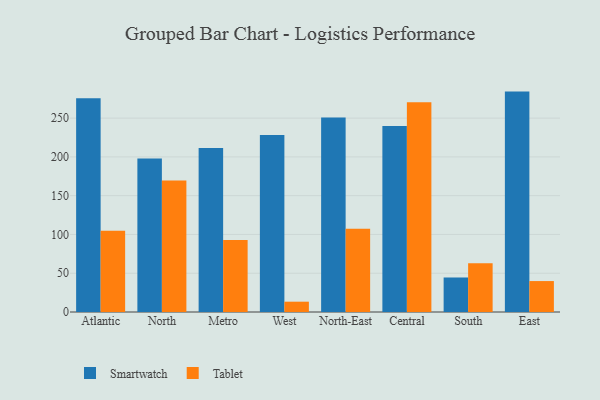
{"axis": {"x": "Region", "y": "Backlog"}, "legend": ["Smartwatch", "Tablet"], "data": [{"x": "Atlantic", "y": 275.7, "type": "Smartwatch"}, {"x": "Atlantic", "y": 104.9, "type": "Tablet"}, {"x": "North", "y": 197.8, "type": "Smartwatch"}, {"x": "North", "y": 169.6, "type": "Tablet"}, {"x": "Metro", "y": 211.6, "type": "Smartwatch"}, {"x": "Metro", "y": 92.7, "type": "Tablet"}, {"x": "West", "y": 228.3, "type": "Smartwatch"}, {"x": "West", "y": 13.3, "type": "Tablet"}, {"x": "North-East", "y": 250.7, "type": "Smartwatch"}, {"x": "North-East", "y": 107.5, "type": "Tablet"}, {"x": "Central", "y": 239.8, "type": "Smartwatch"}, {"x": "Central", "y": 270.5, "type": "Tablet"}, {"x": "South", "y": 44.5, "type": "Smartwatch"}, {"x": "South", "y": 63.0, "type": "Tablet"}, {"x": "East", "y": 284.2, "type": "Smartwatch"}, {"x": "East", "y": 39.9, "type": "Tablet"}]}